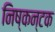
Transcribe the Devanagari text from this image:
निष्कन्टक